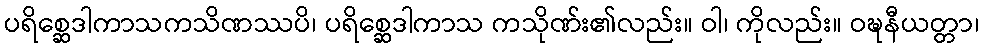
ပရိစ္ဆေဒါကာသကသိဏဿပိ၊ ပရိစ္ဆေဒါကာသ ကသိုဏ်း၏လည်း။ ဝါ၊ ကိုလည်း။ ဝဍ္ဎနီယတ္တာ၊